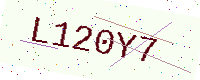
Text: L120Y7